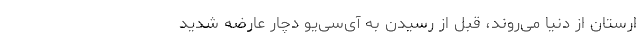
ارستان از دنیا می‌روند، قبل از رسیدن به آی‌سی‌یو دچار عارضه شدید